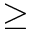
\geq